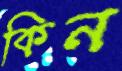
কিন